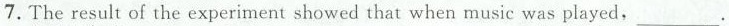
7.The result of the experiment showed that when music was played,___.